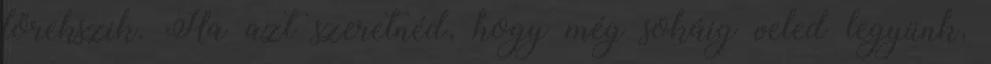
törekszik. Ha azt szeretnéd, hogy még sokáig veled legyünk,